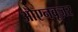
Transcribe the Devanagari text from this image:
औएनबूज़र